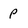
Character: p